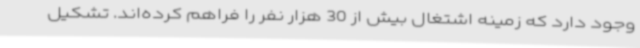
وجود دارد که زمینه اشتغال بیش از 30 هزار نفر را فراهم کرده‌اند. تشکیل